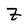
Character: Z